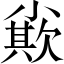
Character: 𡮪